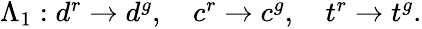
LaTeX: \begin{array}{r}{\Lambda_{1}:d^{r}\rightarrow d^{g},\quad c^{r}\rightarrow c^{g},\quad t^{r}\rightarrow t^{g}.}\end{array}